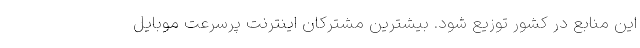
این منابع در کشور توزیع شود. بیشترین مشترکان اینترنت پرسرعت موبایل